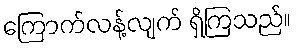
ကြောက်လန့်လျက် ရှိကြသည်။